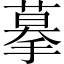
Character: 摹